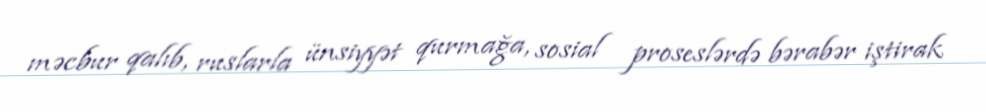
məcbur qalıb, ruslarla ünsiyyət qurmağa, sosial proseslərdə bərabər iştirak